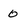
Character: o